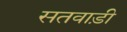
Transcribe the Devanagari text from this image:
सतवाड़ी